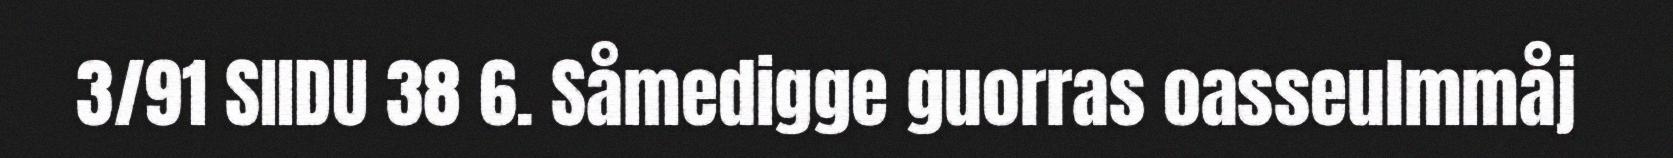
3/91 SIIDU 38 6. Såmedigge guorras oasseulmmåj